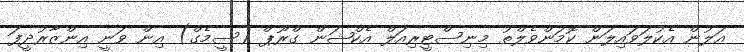
އަލުން އެކުލަވައިލަން ކޮމަންވެލްތު މިނިސްޓީރިއަލް އެކްޝަން ގްރޫޕް (ސީމެގް) އިން ވަނީ އިންޒާރުދީފަ